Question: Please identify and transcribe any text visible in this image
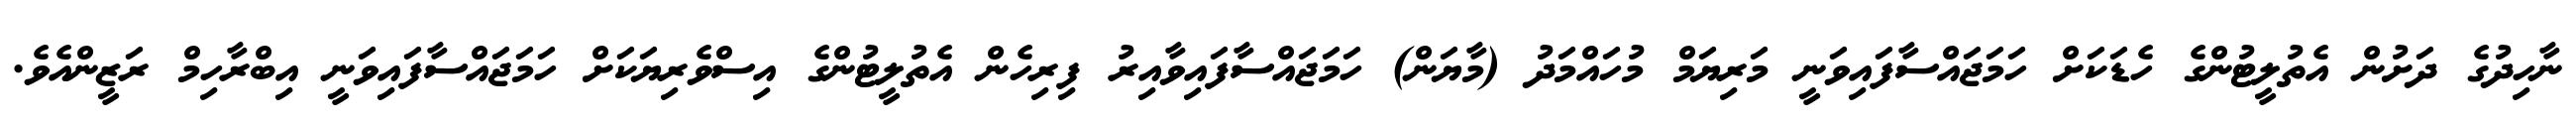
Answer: ނާހިދުގެ ދަށުން އެތުލީޓުންގެ ހެޑަކަށް ހަމަޖައްސާފައިވަނީ މަރިޔަމް މުހައްމަދު (މާޔަން) ހަމަޖައްސާފައިވާއިރު ފިރިހެން އެތުލީޓުންގެ އިސްވެރިޔަކަށް ހަމަޖައްސާފައިވަނީ އިބްރާހިމް ރަޒީންއެވެ.